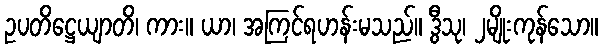
ဥပတိဋ္ဌေယျာတိ၊ ကား။ ယာ၊ အကြင်ရဟန်းမသည်။ ဒွီသု၊ ၂မျိုးကုန်သော။